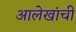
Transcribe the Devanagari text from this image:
आलेखांची